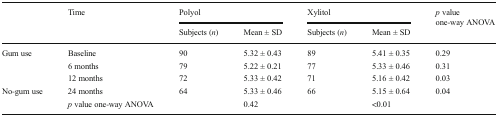
<table><thead><tr><td rowspan="2"></td><td rowspan="2"><b>Time</b></td><td colspan="2"><b>Polyol</b></td><td colspan="2"><b>Xylitol</b></td><td rowspan="2"><b><i>p</i> valueone-way ANOVA</b></td></tr><tr><td><b>Subjects (<i>n</i>)</b></td><td><b>Mean ± SD</b></td><td><b>Subjects (<i>n</i>)</b></td><td><b>Mean ± SD</b></td></tr></thead><tbody><tr><td rowspan="3">Gum use</td><td>Baseline</td><td>90</td><td>5.32 ± 0.43</td><td>89</td><td>5.41 ± 0.35</td><td>0.29</td></tr><tr><td>6 months</td><td>79</td><td>5.22 ± 0.21</td><td>77</td><td>5.33 ± 0.46</td><td>0.31</td></tr><tr><td>12 months</td><td>72</td><td>5.33 ± 0.42</td><td>71</td><td>5.16 ± 0.42</td><td>0.03</td></tr><tr><td rowspan="2">No-gum use</td><td>24 months</td><td>64</td><td>5.33 ± 0.46</td><td>66</td><td>5.15 ± 0.64</td><td>0.04</td></tr><tr><td><i>p</i> value one-way ANOVA</td><td></td><td>0.42</td><td></td><td>&lt;0.01</td><td></td></tr></tbody></table>